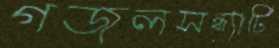
গজলসন্ধ্যাটি